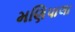
મણિપાલા